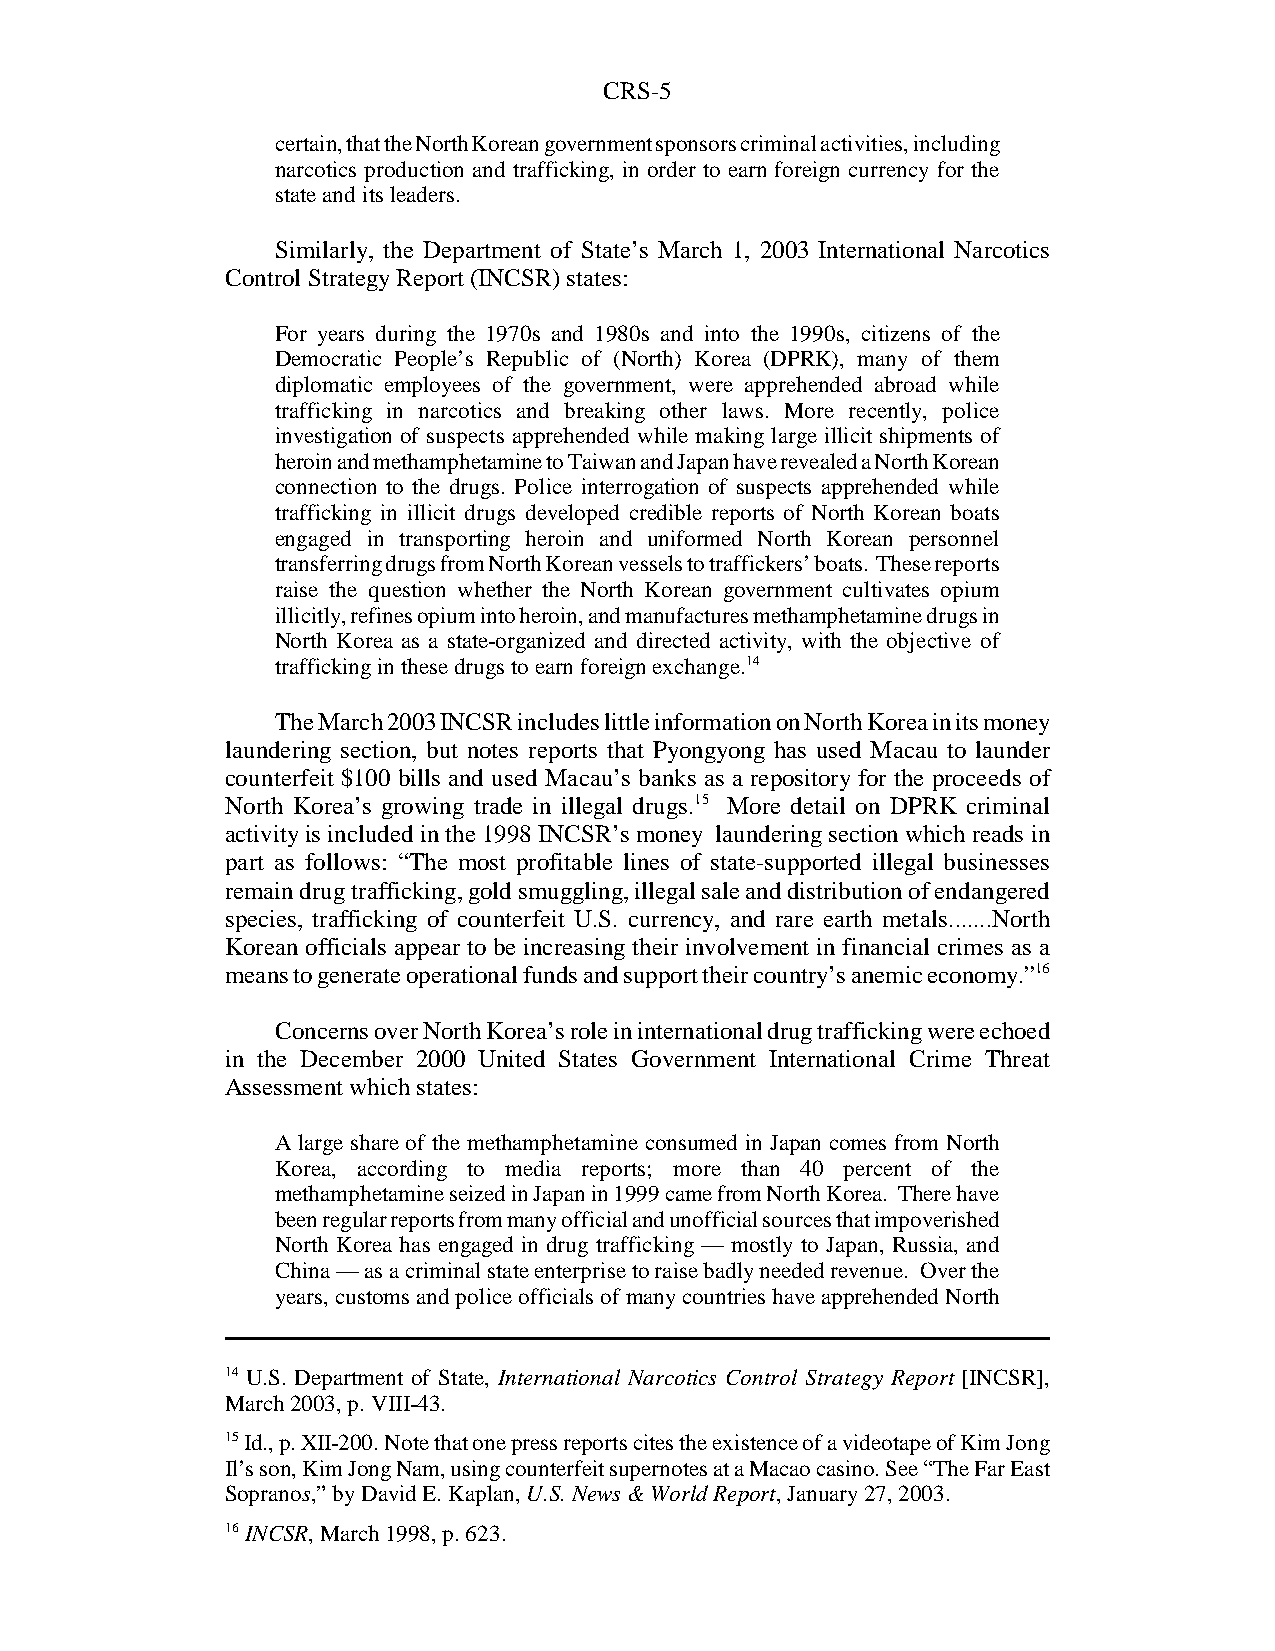
CRS-5
 certain, that the North Korean government sponsors criminal activities, including
 narcotics production and trafficking, in order to earn foreign currency for the
 state and its leaders.
 Similarly, the Department of State’s March 1, 2003 International Narcotics
 Control Strategy Report (INCSR) states:
 For years during the 1970s and 1980s and into the 1990s, citizens of the
 Democratic People’s Republic of (North) Korea (DPRK), many of them
 diplomatic employees of the government, were apprehended abroad while
 trafficking in narcotics and breaking other laws. More recently, police
 investigation of suspects apprehended while making large illicit shipments of
 heroin and methamphetamine to Taiwan and Japan have revealed a North Korean
 connection to the drugs. Police interrogation of suspects apprehended while
 trafficking in illicit drugs developed credible reports of North Korean boats
 engaged in transporting heroin and uniformed North Korean personnel
 transferring drugs from North Korean vessels to traffickers’ boats. These reports
 raise the question whether the North Korean government cultivates opium
 illicitly, refines opium into heroin, and manufactures methamphetamine drugs in
 North Korea as a state-organized and directed activity, with the objective of
 trafficking in these drugs to earn foreign exchange.14
 The March 2003 INCSR includes little information on North Korea in its money
 laundering section, but notes reports that Pyongyong has used Macau to launder
 counterfeit $100 bills and used Macau’s banks as a repository for the proceeds of
 North Korea’s growing trade in illegal drugs.15 More detail on DPRK criminal
 activity is included in the 1998 INCSR’s money laundering section which reads in
 part as follows: “The most profitable lines of state-supported illegal businesses
 remain drug trafficking, gold smuggling, illegal sale and distribution of endangered
 species, trafficking of counterfeit U.S. currency, and rare earth metals.......North
 Korean officials appear to be increasing their involvement in financial crimes as a
 means to generate operational funds and support their country’s anemic economy.”16
 Concerns over North Korea’s role in international drug trafficking were echoed
 in the December 2000 United States Government International Crime Threat
 Assessment which states:
 A large share of the methamphetamine consumed in Japan comes from North
 Korea, according to media reports; more than 40 percent of the
 methamphetamine seized in Japan in 1999 came from North Korea. There have
 been regular reports from many official and unofficial sources that impoverished
 North Korea has engaged in drug trafficking — mostly to Japan, Russia, and
 China — as a criminal state enterprise to raise badly needed revenue. Over the
 years, customs and police officials of many countries have apprehended North
 14 U.S. Department of State, International Narcotics Control Strategy Report [INCSR],
 March 2003, p. VIII-43.
 15 Id., p. XII-200. Note that one press reports cites the existence of a videotape of Kim Jong
 Il’s son, Kim Jong Nam, using counterfeit supernotes at a Macao casino. See “The Far East
 Sopranos,” by David E. Kaplan, U.S. News & World Report, January 27, 2003.
 16 INCSR, March 1998, p. 623.